Scottish Leaving Certificate Examination, 1957
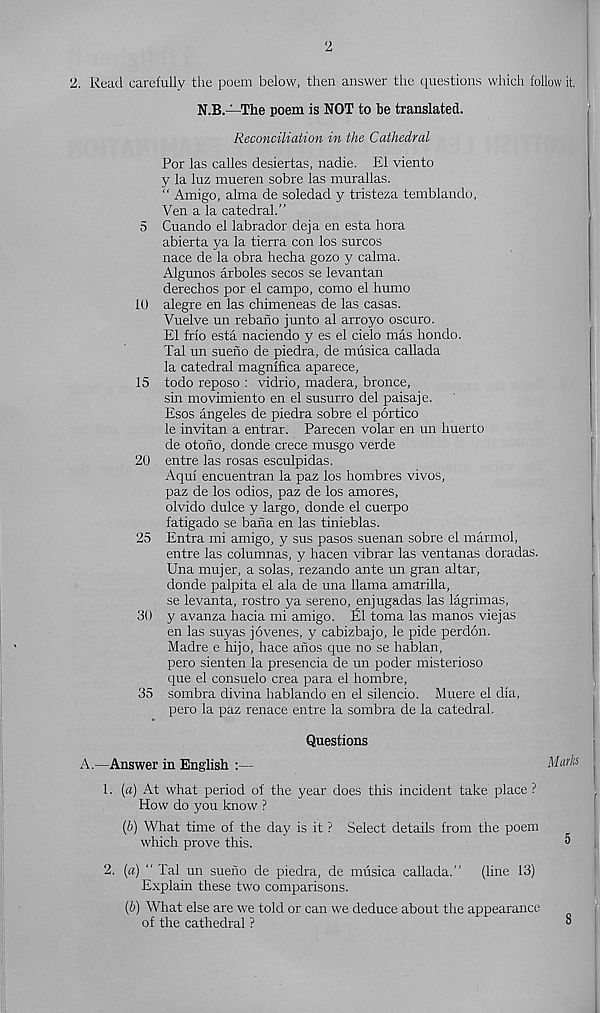
2
2. Read carefully the poem below, then answer the questions which follow it.
N.B.—The poem is NOT to be translated.
Reconciliation in the Cathedral
For las calles desiertas, nadie. El viento
y la luz mueren sobre las murallas.
“ Amigo, alma de soledad y tristeza temblando,
Ven a la catedral.”
5 Cuando el labrador deja en esta hora
abierta ya la tierra con los surcos
nace de la obra hecha gozo y calma.
Algunos arboles secos se levantan
derechos por el campo, como el humo
10 alegre en las chimeneas de las casas.
Vuelve un rebano junto al arroyo oscuro.
El frlo esta naciendo y es el cielo mas hondo.
Tal un sueno de piedra, de musica callada
la catedral magnifica aparece,
15 todo reposo : vidrio, madera, bronce,
sin movimiento en el susurro del paisaje.
Esos angeles de piedra sobre el portico
le invitan a entrar. Parecen volar en un Puerto
de otono, donde crece musgo verde
20 entre las rosas esculpidas.
Aqui encuentran la paz los hombres vivos,
paz de los odios, paz de los amores,
olvido dulce y largo, donde el cuerpo
fatigado se bana en las tinieblas.
25 Entra mi amigo, y sus pasos suenan sobre el marmol,
entre las columnas, y hacen vibrar las ventanas doradas.
Una mujer, a solas, rezando ante un gran altar,
donde palpita el ala de una llama amarilla,
se levanta, rostro ya sereno, enjugadas las lagrimas,
30 y avanza hacia mi amigo, fil toma las manos viejas
en las suyas jovenes, y cabizbajo, le pide perdon.
Madre e hijo, hace anos que no se hablan,
pero sienten la presencia de un poder misterioso
que el consuelo crea para el hombre,
35 sombra divina hablando en el silencio. Muere el dia,
pero la paz renace entre la sombra de la catedral.
Questions
A.—Answer in English :—
Mm!®
1. [a) At what period of the year does this incident take place ?
How do you know ?
(h) What time of the day is it ? Select details from the poem
which prove this.
5
2. (a) “ Tal un sueno de piedra, de musica callada.” (line 13)
Explain these two comparisons.
(5) What else are we told or can we deduce about the appearance
of the cathedral ?
°